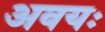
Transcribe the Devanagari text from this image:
अवयः